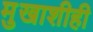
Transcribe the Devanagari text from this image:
मुखाशीही